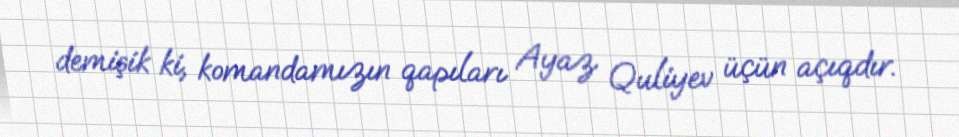
demişik ki, komandamızın qapıları Ayaz Quliyev üçün açıqdır.